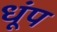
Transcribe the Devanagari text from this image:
धूंप